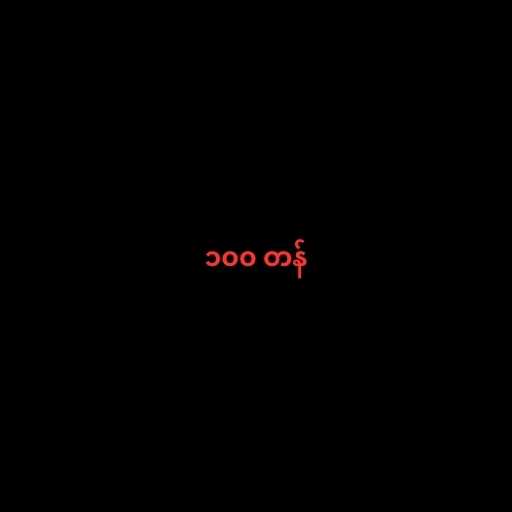
၁၀၀ တန်